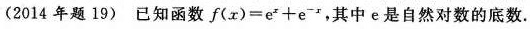
(2014年题19) 已知函数$$f ( x ) = e ^ { x } + e ^ { - x }$$，其中e是自然对数的底数.